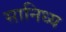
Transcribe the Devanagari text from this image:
सानिध्‍य